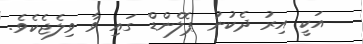
އަކީ އިރު ދެކުނު ޕޮލެންޑް ގައި ވާ ވިލެޖެކެވެ.